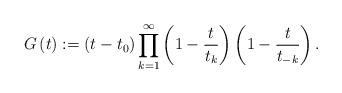
LaTeX: \begin{align*}G\left( t\right) :=\left( t-t_{0}\right) \prod\limits_{k=1}^{\infty }\left(1-\frac{t}{t_{k}}\right) \left( 1-\frac{t}{t_{-k}}\right) . \end{align*}